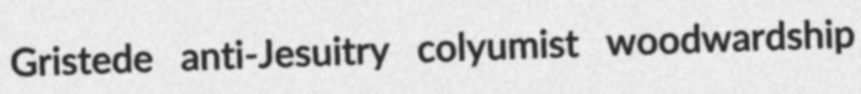
Gristede anti-Jesuitry colyumist woodwardship